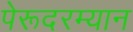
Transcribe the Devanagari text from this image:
पेरूदरम्यान